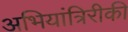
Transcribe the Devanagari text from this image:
अभियांत्रिरीकी